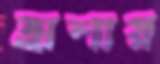
হালায়